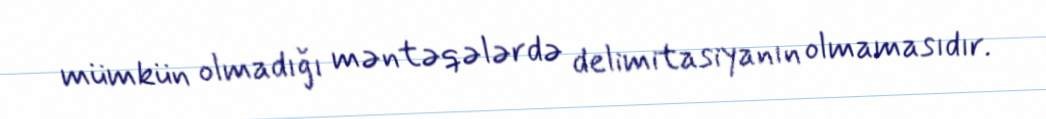
mümkün olmadığı məntəqələrdə delimitasiyanın olmamasıdır.